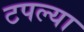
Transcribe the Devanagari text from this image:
टपल्या